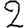
Digit: 2